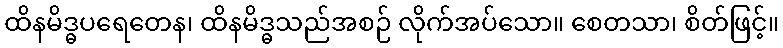
ထိနမိဒ္ဓပရေတေန၊ ထိနမိဒ္ဓသည်အစဉ် လိုက်အပ်သော။ စေတသာ၊ စိတ်ဖြင့်။